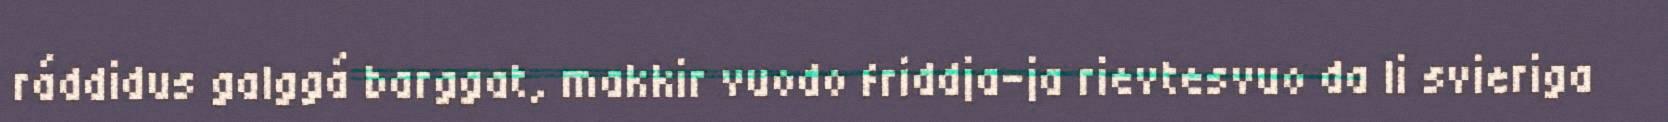
ráddidus galggá barggat, makkir vuodo friddja-ja rievtesvuo da li svieriga